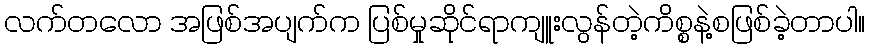
လက်တလော အဖြစ်အပျက်က ပြစ်မှုဆိုင်ရာကျူးလွန်တဲ့ကိစ္စနဲ့စဖြစ်ခဲ့တာပါ။